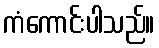
ကံကောင်းပါသည်။